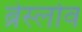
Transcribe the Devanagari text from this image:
ब्रेस्लोव